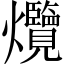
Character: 爦